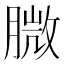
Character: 𦞺